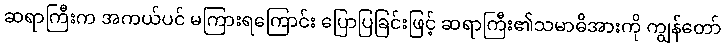
ဆရာကြီးက အကယ်ပင် မကြားရကြောင်း ပြောပြခြင်းဖြင့် ဆရာကြီး၏သမာဓိအားကို ကျွန်တော်